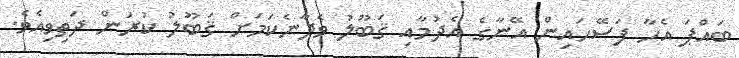
ބައްޕަ އެހާ ފަސޭހައިން އޭނާގެ އެދުމާއި ޤަބޫލު ވެދާނެކަމަށް ޤަބޫލު ކުރަން ދަތިވިއެވެ.